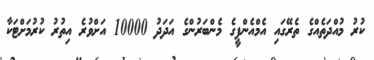
ކުރު މުއްދަތެއްގެ ތެރޭގައި އެމްއެންޕީގެ މެންބަރުންގެ އަދަދު 10000 އަށްވުރެ އިތުރު ކުރުމަށްޓަކާ